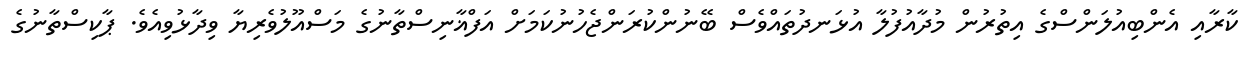
ކާރާއި އެންބިއުލަންސްގެ އިތުރުން މުދާއުފުލާ އުޅަނދުތައްވެސް ބޭނުންކުރަންޖެހުނުކަމަށް އަފްޣާނިސްތާނުގެ މަސްއޫލުވެރިޔާ ވިދާޅުވިއެވެ. ޕާކިސްތާނުގެ